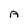
Character: A